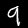
Label: 9